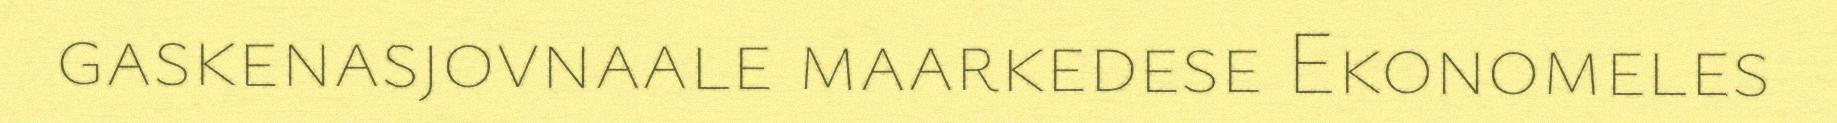
gaskenasjovnaale maarkedese Ekonomeles